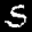
Label: 5